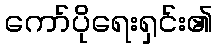
ကော်ပိုရေးရှင်း၏